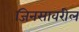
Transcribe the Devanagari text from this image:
जिनसावरील